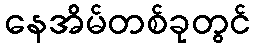
နေအိမ်တစ်ခုတွင်